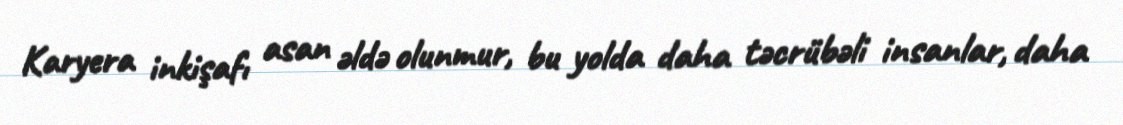
Karyera inkişafı asan əldə olunmur, bu yolda daha təcrübəli insanlar, daha